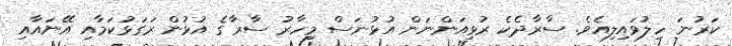
ކަރުނަ ހިލުވައިލިއެވެ. ސާރާދެކެ ރުޅިއަންނަން އުޅުނަސް މިހާރު ސާރާގެ އުޅުން ރަގަޅުކަމާއި އޭނައާއި